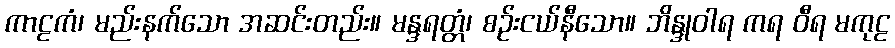
ကာဠကံ၊ မည်းနက်သော အဆင်းတည်း။ မန္ဒရတ္တံ၊ စဉ်းငယ်နီသော။ ဘိန္ဒုဝါရ ကရ ဝီရ မကုဠ